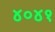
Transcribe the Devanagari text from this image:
४०४१